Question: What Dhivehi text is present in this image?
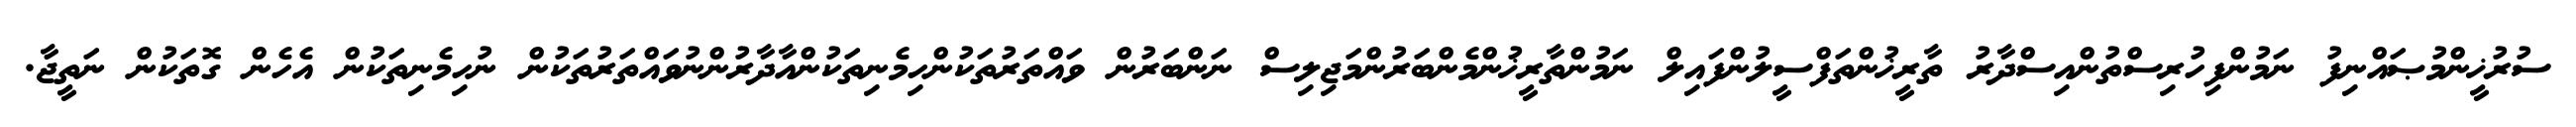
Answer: ސުރުޚީންމުޞައްނިފު ނަމުންފިހުރިސްތުންއިސްދާރު ތާރީޚުންތަފްސީލުންފައިލް ނަމުންތާރީޚުންމެންބަރުންމަޖިލިސް ނަންބަރުން ވައްތަރުތަކުންހިމެނިތަކުންއާދާރުންނުވައްތަރުތަކުން ނުހިމެނިތަކުން އެހެން ގޮތަކުން ނަތީޖާ.